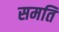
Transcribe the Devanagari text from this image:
समति